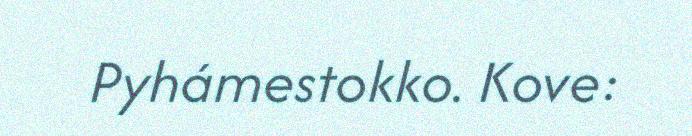
Pyhámestokko. Kove: